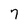
Character: 7